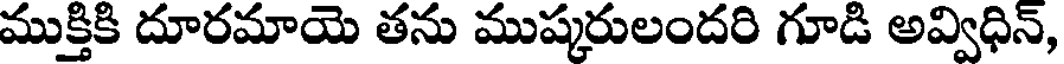
ముక్తికి దూరమాయె తను ముష్కరులందరి గూడి అవ్విధిన్,